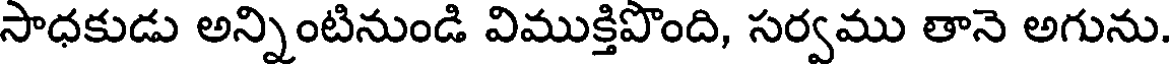
సాధకుడు అన్నింటినుండి విముక్తిపొంది, సర్వము తానె అగును